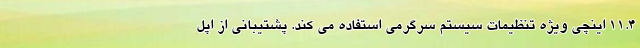
11.4 اینچی ویژه تنظیمات سیستم سرگرمی استفاده می کند. پشتیبانی از اپل